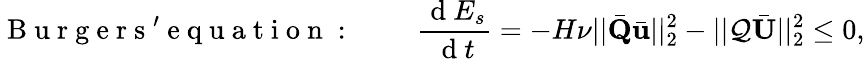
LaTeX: \mathrm{~B~u~r~g~e~r~s~'~e~q~u~a~t~i~o~n~:~}\qquad\frac{\mathrm{~d~}E_{s}}{\mathrm{~d~}t}=-H\nu||\bar{\mathbf{Q}}\bar{\mathbf{u}}||_{2}^{2}-||\mathcal{Q}\bar{\mathbf{U}}||_{2}^{2}\leq 0,